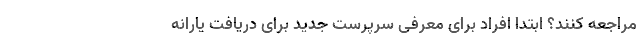
مراجعه کنند؟ ابتدا افراد برای معرفی سرپرست جدید برای دریافت یارانه